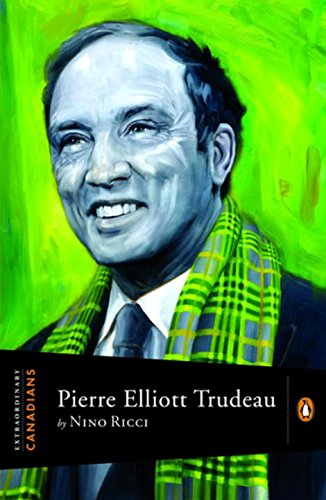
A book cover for Extraordinary Canadians Pierre Elliott Trudeau; Nino Ricci; Biographies & Memoirs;